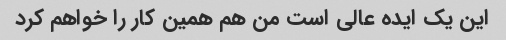
این یک ایده عالی است من هم همین کار را خواهم کرد